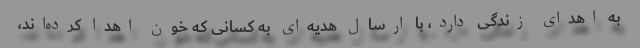
به اهدای زندگی دارد، با ارسال هدیه‌ای به کسانی که خون اهدا کرده‌اند،